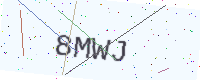
Text: 8MWJ